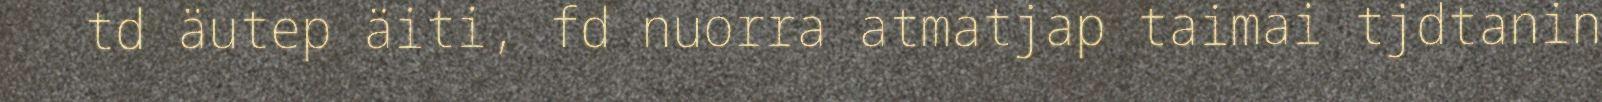
td äutep äiti, fd nuorra atmatjap taimai tjdtanin